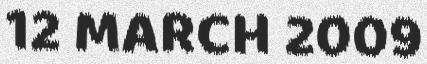
12 MARCH 2009